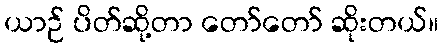
ယာဉ် ပိတ်ဆို့တာ တော်တော် ဆိုးတယ်။